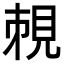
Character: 𧠥